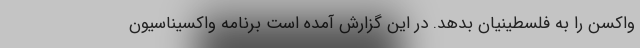
واکسن را به فلسطینیان بدهد. در این گزارش آمده است برنامه واکسیناسیون